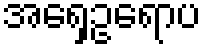
အရှေ့ဥရောပ